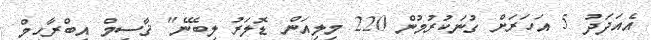
އެއަދަދު 5 އަހަރަށް ގުނަކުރުމުން 220 މިލިއަން ޑޮލަރު ލިބޭނެ" ޤާސިމް އިބްރާހިމް